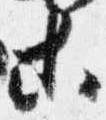
等